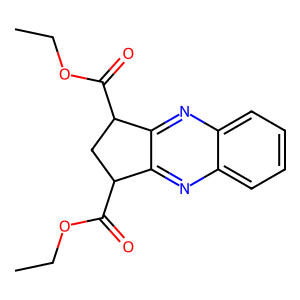
SMILES: CCOC(=O)C1CC(C(=O)OCC)c2nc3ccccc3nc21
Inhibits HIV replication: No